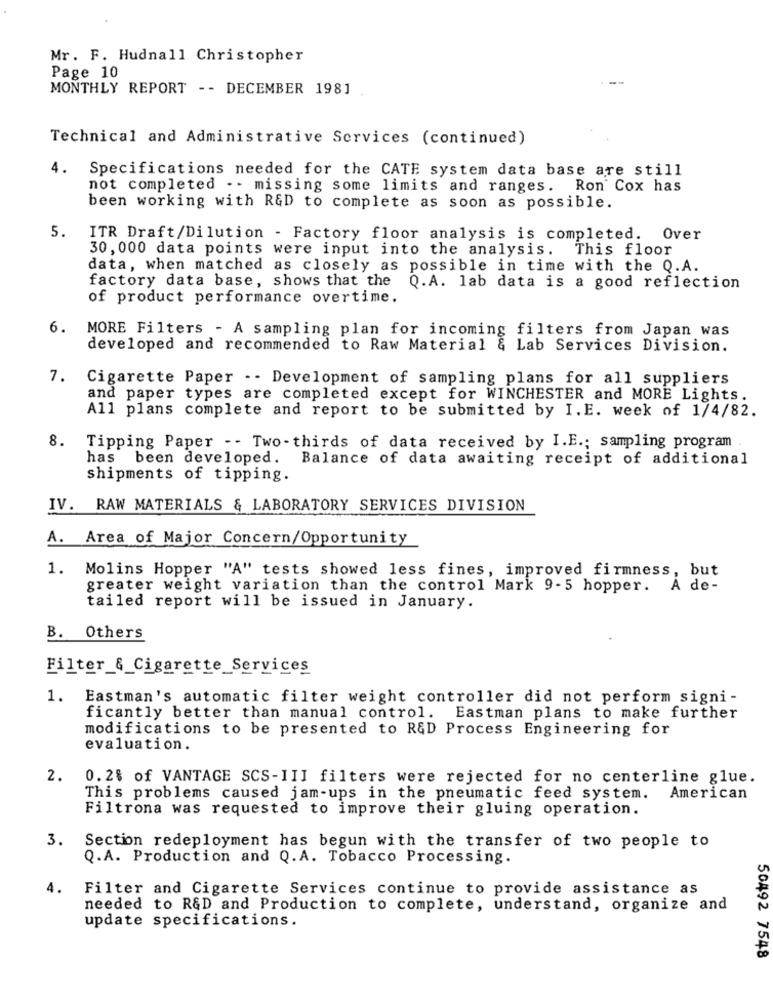
Mr. F. Hudnall Christopher
Page 10
MONTHLY REPORT -- DECEMBER 1981
Technical and Administrative Services (continued)
4. Specifications needed for the CATE system data base are still
not completed . - missing some limits and ranges. Ron Cox has
been working with R&D to complete as soon as possible.
5.
ITR Draft/Dilution - Factory floor analysis is completed. Over
30, 000 data points were input into the analysis.
This floor
data, when matched as closely as possible in time with the Q.A.
factory data base, shows that the
Q.A. lab data is a good reflection
of product performance overtime.
6.
MORE Filters - A sampling plan for incoming filters from Japan was
developed and recommended to Raw Material & Lab Services Division.
7.
Cigarette Paper . - Development of sampling plans for all suppliers
and paper types are completed except for WINCHESTER and MORE Lights.
All plans complete and report to be submitted by I. E. week of 1/4/82.
8. Tipping Paper -- Two - thirds of data received by I.E .; sampling program .
has been developed.
Balance of data awaiting receipt of additional
shipments of tipping.
IV. RAW MATERIALS & LABORATORY SERVICES DIVISION
A. Area of Major Concern/Opportunity
1. Molins Hopper "A" tests showed less fines, improved firmness, but
greater weight variation than the control Mark 9-5 hopper. A de-
tailed report will be issued in January.
B. Others
Filter_&_Cigarette_Services
1. Eastman's automatic filter weight controller did not perform signi -
ficantly better than manual control. Eastman plans to make further
modifications to be presented to R&D Process Engineering for
evaluation.
2.
0.2% of VANTAGE SCS-III filters were rejected for no centerline glue.
This problems caused jam-ups in the pneumatic feed system.
American
Filtrona was requested to improve their gluing operation.
3.
Section redeployment has begun with the transfer of two people to
Q.A. Production and Q. A. Tobacco Processing.
Filter and Cigarette Services continue to provide assistance as
needed to R&D and Production to complete, understand, organize and
update specifications.
50492 7548